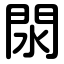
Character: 閖